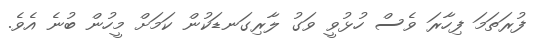
ފުރަތަމަ ފިހާރަ ވެސް ހުޅުވީ ވަގު ލާރިގަނޑަކުން ކަމަށް މީހުން ބުނެ އެވެ.